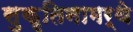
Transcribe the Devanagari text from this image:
सुकृतिनामर्थे